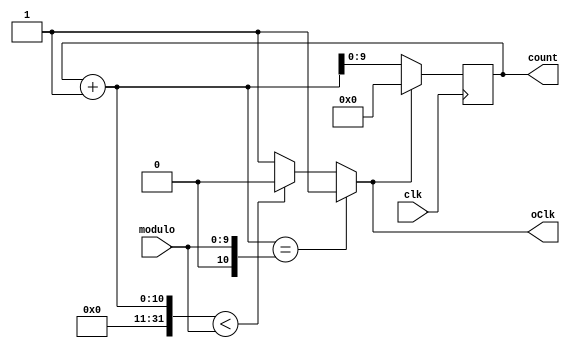
module counterModulo(clk, modulo, count, oClk);
	parameter n = 10, safe = 1;
	input clk;
	input [n-1:0] modulo;
	output reg [n-1:0] count = 0;
	output oClk;
	
	assign oClk = count+1 == modulo ? 1 :
					count+1 < modulo ? 0 :
					safe ? 1 : 1'bx;

	always @(posedge clk)
		if (!oClk)
			count <= count + 1;
		else
			count <= 0;
endmodule